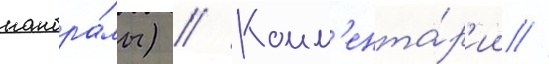
панора́мы) // Комм'ента́р'ии //